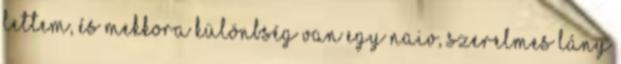
lettem, és mekkora különbség van egy naiv, szerelmes lány